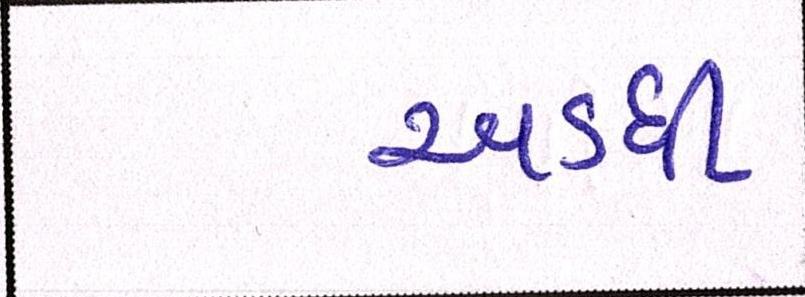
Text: અડધી